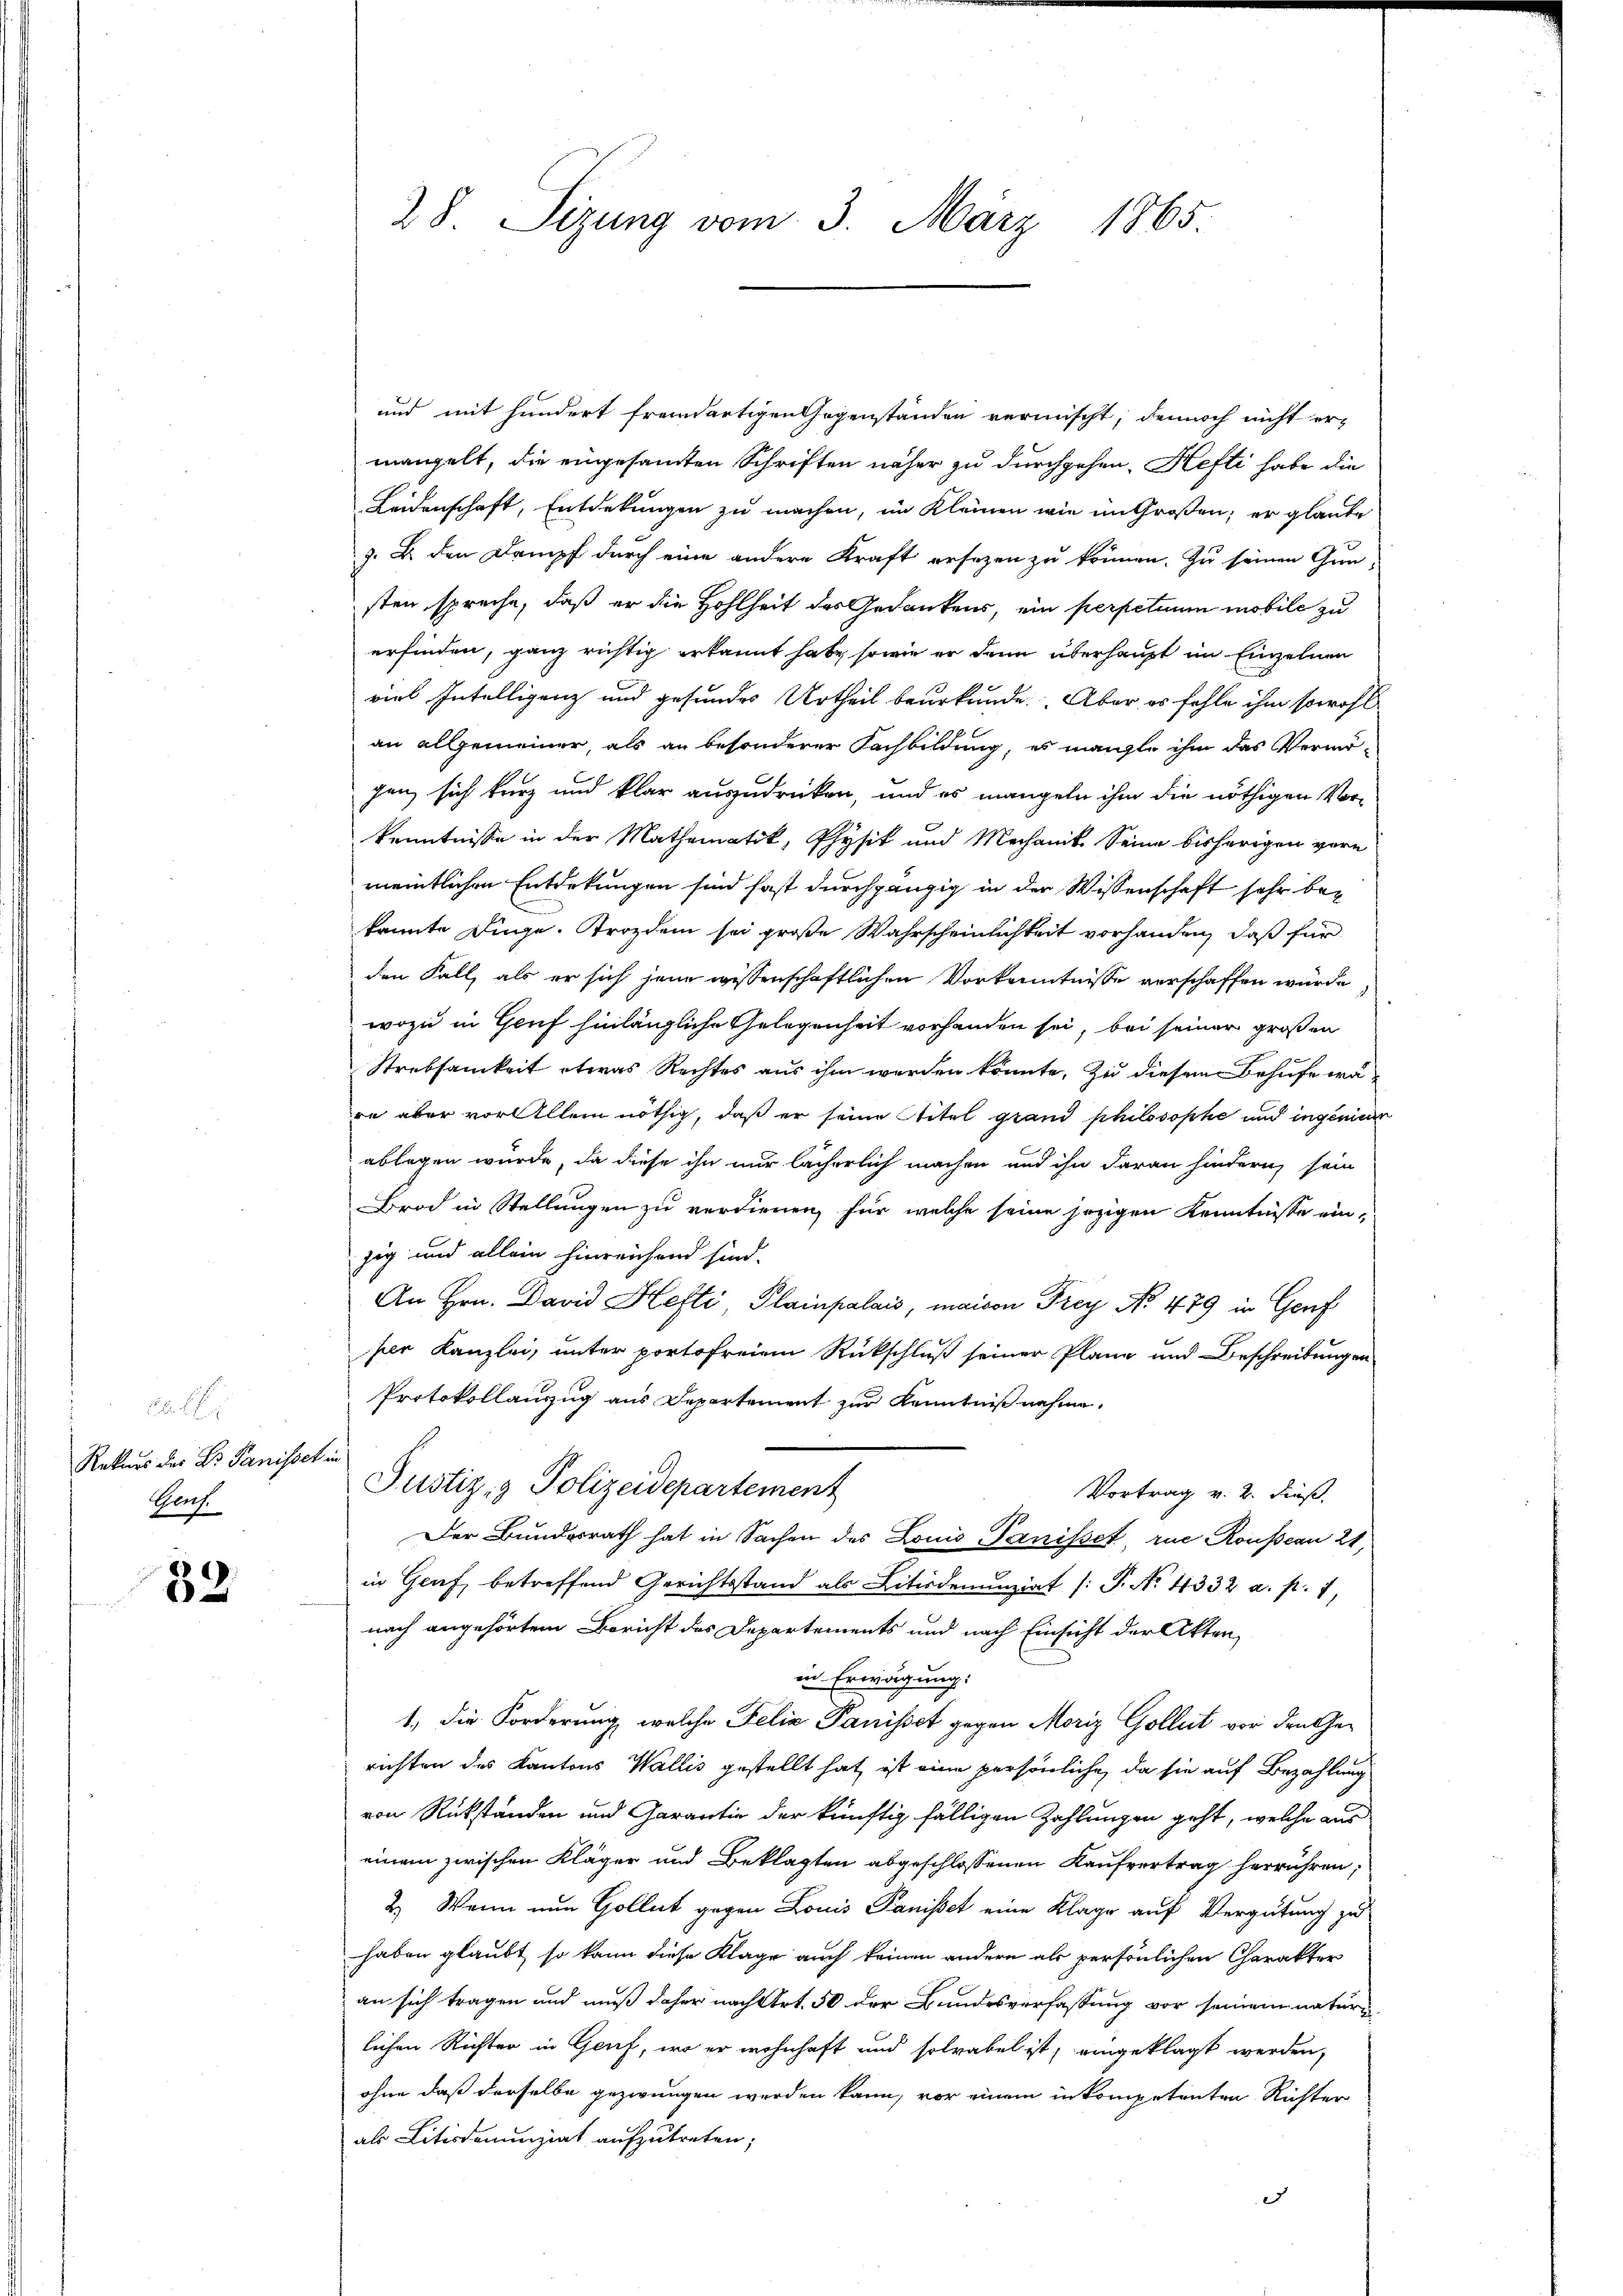
Rekurs des Dr Panisset.
Genf.

80)

28 Sizung vom 3. März 1865

und mit hundert fremdartigen Gegenständen vermischt, dennoch nicht ermangelt, die eingesamten Schriften näher zu durchgehen, Hefte habe die
Leidenschaft, Entdekungen zu machen, im Kleinen wie im Großen; er glaube
7. B. den Dampf durch eine andere Kraft ersezen zu können. Zu seinen Grun
sten spreche, daß er die Hohlheit des Gedankens, ein perpetuum mobile zu
erfinden, ganz richtig erkannt habe, sowie er dann überhaupt im Einzelnen
viel Intelligenz und gesundes Urtheil beurkunde. Aber es fehle ihm sowohl
an allgemeiner, als an besonderer Fachbildung, es mante ihm das Vermögen sich kurz und klar auszudrücken, und es mangeln ihm die nöthigen Vor-
kenntnisse in der Mathematik, Physik und Mechanik Seine bisherigen vore
meintlichen Entdekungen sind fast durchgängig in der Wissenschaft sehr bekannte Juge. Frozdem sei große Wahrscheinlichkeit vorhanden, daß für
den Fall, als er sich jene wissenschaftlichen Vorkenntnisse verschaffen würde,
wozu in Genf hinlängliche Gelegenheit vorhanden sei, bei seiner großen
Strebsamkeit etwas Rechtes aus ihm werden könnte. Zu diesem Behufe wäee aber vor Allem nöthig, daß er seine Titel grand philosophe und ingenieur
ablegen würde, da diese ihn nur lächerlich machen und ihn daran hindern sein
Brod in Stellungen zu verdienen, für welche seine jezigen Kenntnisse ein-
zig und allein hinreichend sind.
An Hrn. David Hefti, Plainpalais, maison Frey No 479 in Genf
per Kanzlei, unter portofreiem Rückschluß seiner Plane und Beschreibungen
Protokollanzug aus Departement zur Kenntnißnahme.
un
Justiz- & Polizeidepartement
Vortrag v. 2. Fuß.
Der Bundesrath hat in Sachen des Louis Panisset rue Rousseau 21,
in Genf, betreffend Gerichtsstand als Litiodenunziat /: P. No. 4332 a. p. f
nach angehörtem Bericht des Departements und nach Einsicht der Akten,
in Erwägung:
1. die Forderung, welche Felia Panisset gegen Moriz Golleit vor den Gerichten des Kantons Wallis gestellt hat, ist eine persönliche, da sie auf Bezahlung
von Rükständen und Garantie der künftig fälligen Zahlungen geht, welche aus
einem zwischen Kläger und Beklagten abgeschlossenen Kaufvertrag herrühren;
2.) Wenn nun Gollat gegen Louis Panisset eine Klage auf Vergütung zu
haben glaubt, so kann diese Klage auch keinen andern als persönlichen Charakter
an sich tragen und muß daher nach Art. 50 der Bundesverfassung vor seinem nature
lichen Richter in Genf, wo er wohnhaft und solvabel ist, eingeklagt werden,
ohne daß derselbe gezwungen werden kann, vor einem in kompetenten Richter
als Litisdenunziat aufzutreten;
.